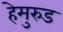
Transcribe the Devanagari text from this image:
हेमुरुड